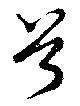
首